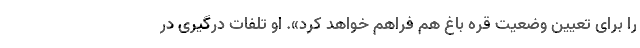
را برای تعیین وضعیت قره باغ هم فراهم خواهد کرد». او تلفات درگیری در